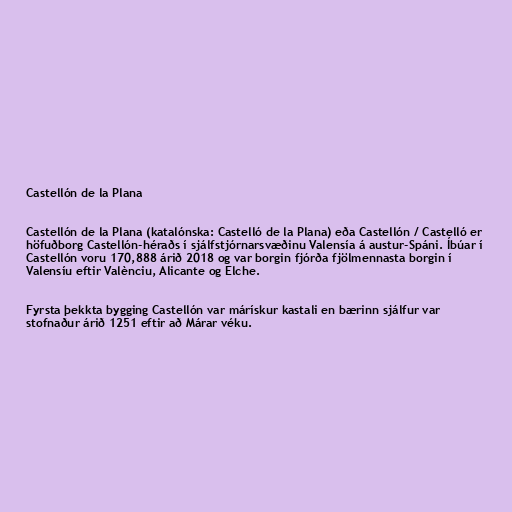
Castellón de la Plana

Castellón de la Plana (katalónska: Castelló de la Plana) eða Castellón / Castelló er
höfuðborg Castellón-héraðs í sjálfstjórnarsvæðinu Valensía á austur-Spáni. Íbúar í
Castellón voru 170,888 árið 2018 og var borgin fjórða fjölmennasta borgin í
Valensíu eftir Valènciu, Alicante og Elche.

Fyrsta þekkta bygging Castellón var márískur kastali en bærinn sjálfur var
stofnaður árið 1251 eftir að Márar véku.